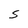
Character: S